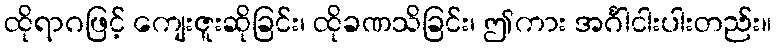
ထိုရာဂဖြင့် ကျေးဇူးဆိုခြင်း၊ ထိုခဏသိခြင်း၊ ဤကား အင်္ဂါငါးပါးတည်း။